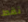
نقط